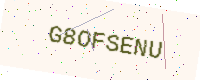
Text: G8OFSENU